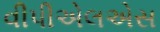
વીપીએલએસ